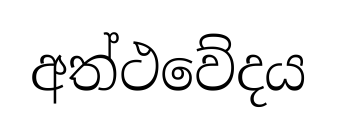
අත්ථවේදය